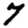
Digit: 7